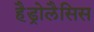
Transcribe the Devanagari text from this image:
हैड्रोलैसिस